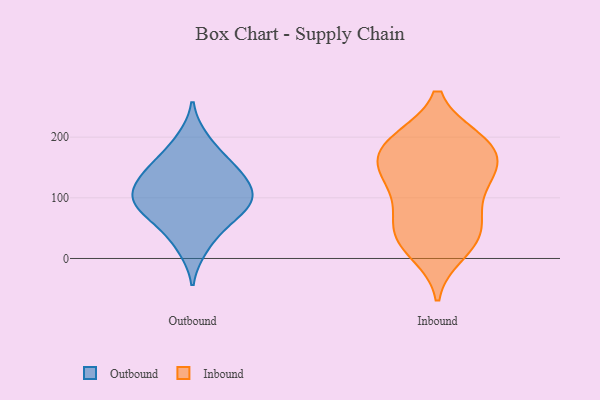
{"axis": {"x": "Page Views", "y": "Value"}, "legend": ["Inbound", "Outbound"], "data": [{"x": "", "y": 140, "type": "Outbound"}, {"x": "", "y": 102, "type": "Outbound"}, {"x": "", "y": 95, "type": "Outbound"}, {"x": "", "y": 61, "type": "Outbound"}, {"x": "", "y": 100, "type": "Outbound"}, {"x": "", "y": 107, "type": "Outbound"}, {"x": "", "y": 166, "type": "Outbound"}, {"x": "", "y": 84, "type": "Outbound"}, {"x": "", "y": 55, "type": "Outbound"}, {"x": "", "y": 16, "type": "Outbound"}, {"x": "", "y": 198, "type": "Outbound"}, {"x": "", "y": 147, "type": "Outbound"}, {"x": "", "y": 135, "type": "Outbound"}, {"x": "", "y": 32, "type": "Inbound"}, {"x": "", "y": 91, "type": "Inbound"}, {"x": "", "y": 57, "type": "Inbound"}, {"x": "", "y": 41, "type": "Inbound"}, {"x": "", "y": 193, "type": "Inbound"}, {"x": "", "y": 192, "type": "Inbound"}, {"x": "", "y": 144, "type": "Inbound"}, {"x": "", "y": 126, "type": "Inbound"}, {"x": "", "y": 196, "type": "Inbound"}, {"x": "", "y": 165, "type": "Inbound"}, {"x": "", "y": 165, "type": "Inbound"}, {"x": "", "y": 25, "type": "Inbound"}, {"x": "", "y": 145, "type": "Inbound"}, {"x": "", "y": 196, "type": "Inbound"}, {"x": "", "y": 73, "type": "Inbound"}, {"x": "", "y": 130, "type": "Inbound"}, {"x": "", "y": 10, "type": "Inbound"}]}